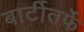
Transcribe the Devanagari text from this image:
बार्टीतर्फे